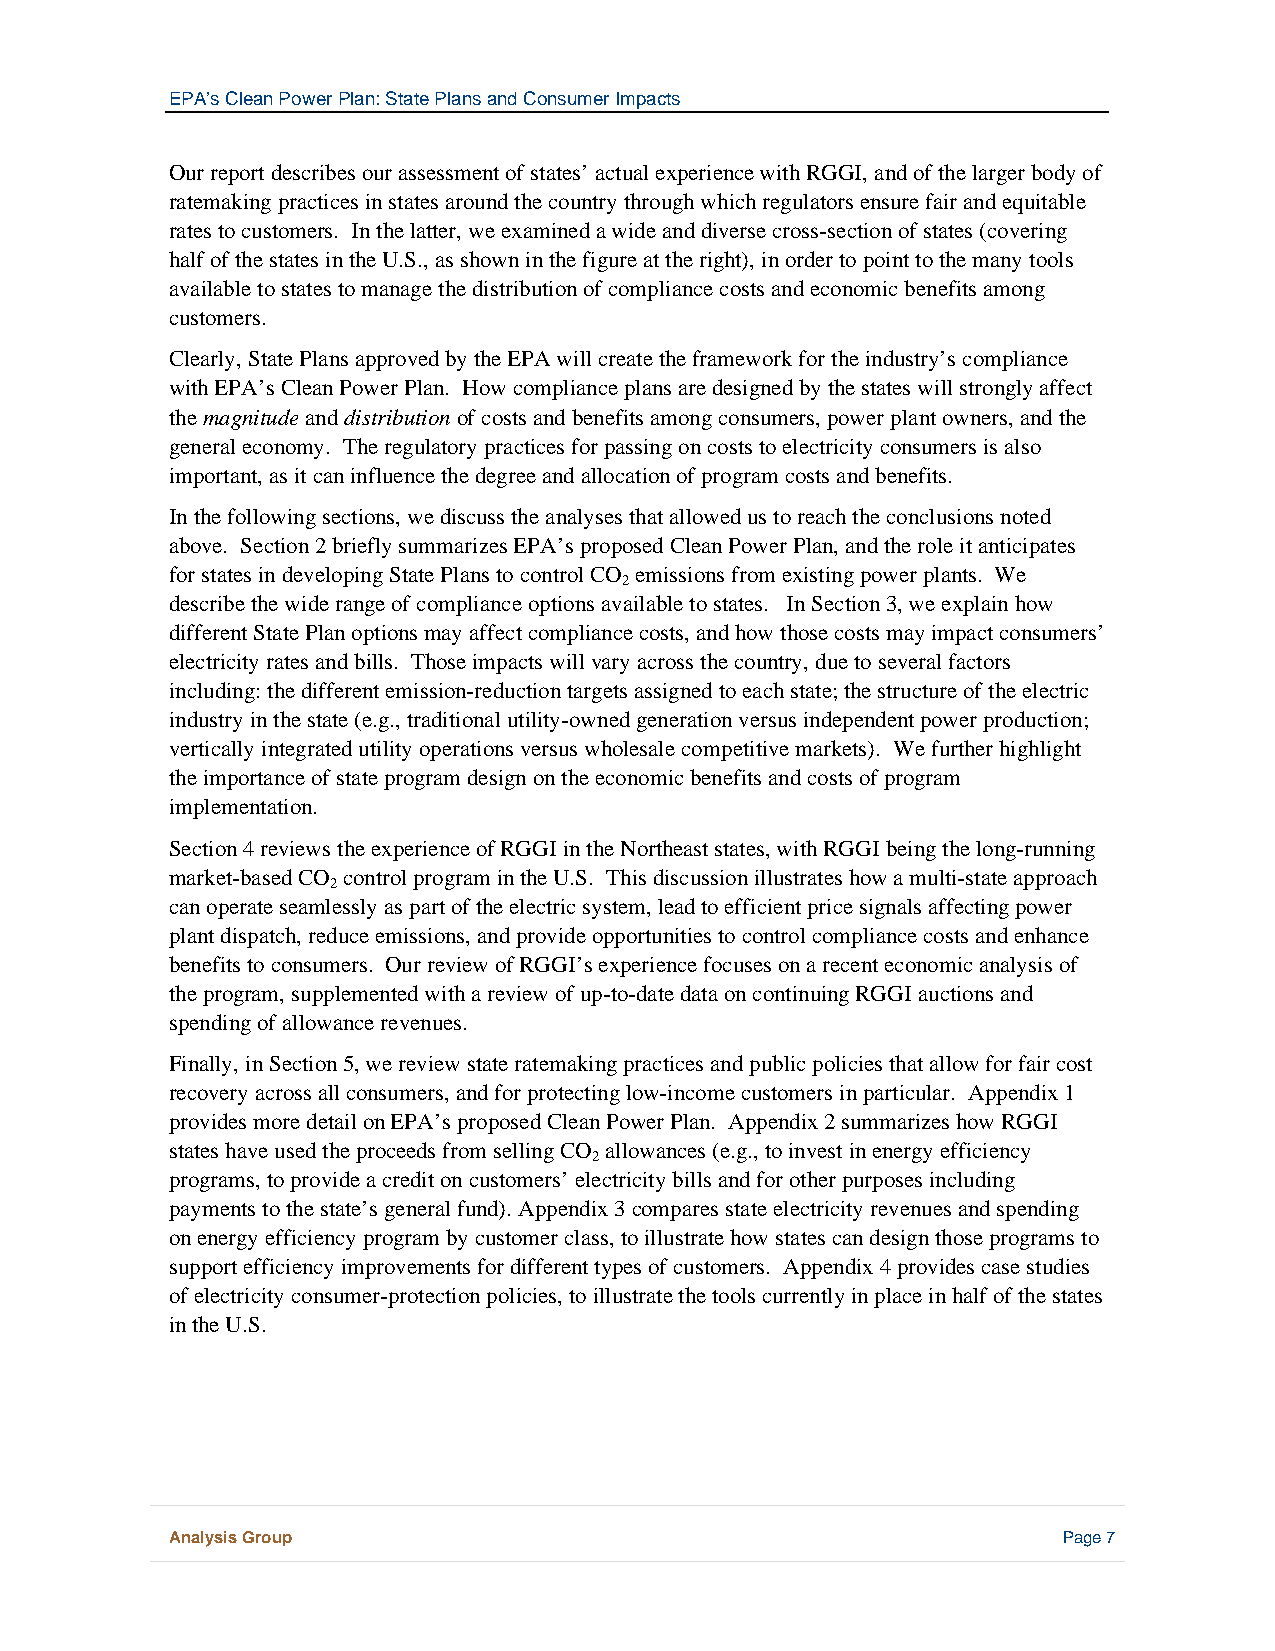
EPA’s Clean Power Plan: State Plans and Consumer Impacts
 Our report describes our assessment of states’ actual experience with RGGI, and of the larger body of
 ratemaking practices in states around the country through which regulators ensure fair and equitable
 rates to customers. In the latter, we examined a wide and diverse cross-section of states (covering
 half of the states in the U.S., as shown in the figure at the right), in order to point to the many tools
 available to states to manage the distribution of compliance costs and economic benefits among
 customers.
 Clearly, State Plans approved by the EPA will create the framework for the industry’s compliance
 with EPA’s Clean Power Plan. How compliance plans are designed by the states will strongly affect
 the magnitude and distribution of costs and benefits among consumers, power plant owners, and the
 general economy. The regulatory practices for passing on costs to electricity consumers is also
 important, as it can influence the degree and allocation of program costs and benefits.
 In the following sections, we discuss the analyses that allowed us to reach the conclusions noted
 above. Section 2 briefly summarizes EPA’s proposed Clean Power Plan, and the role it anticipates
 for states in developing State Plans to control CO emissions from existing power plants. We
 2
 describe the wide range of compliance options available to states. In Section 3, we explain how
 different State Plan options may affect compliance costs, and how those costs may impact consumers’
 electricity rates and bills. Those impacts will vary across the country, due to several factors
 including: the different emission-reduction targets assigned to each state; the structure of the electric
 industry in the state (e.g., traditional utility-owned generation versus independent power production;
 vertically integrated utility operations versus wholesale competitive markets). We further highlight
 the importance of state program design on the economic benefits and costs of program
 implementation.
 Section 4 reviews the experience of RGGI in the Northeast states, with RGGI being the long-running
 market-based CO control program in the U.S. This discussion illustrates how a multi-state approach
 2
 can operate seamlessly as part of the electric system, lead to efficient price signals affecting power
 plant dispatch, reduce emissions, and provide opportunities to control compliance costs and enhance
 benefits to consumers. Our review of RGGI’s experience focuses on a recent economic analysis of
 the program, supplemented with a review of up-to-date data on continuing RGGI auctions and
 spending of allowance revenues.
 Finally, in Section 5, we review state ratemaking practices and public policies that allow for fair cost
 recovery across all consumers, and for protecting low-income customers in particular. Appendix 1
 provides more detail on EPA’s proposed Clean Power Plan. Appendix 2 summarizes how RGGI
 states have used the proceeds from selling CO allowances (e.g., to invest in energy efficiency
 2
 programs, to provide a credit on customers’ electricity bills and for other purposes including
 payments to the state’s general fund). Appendix 3 compares state electricity revenues and spending
 on energy efficiency program by customer class, to illustrate how states can design those programs to
 support efficiency improvements for different types of customers. Appendix 4 provides case studies
 of electricity consumer-protection policies, to illustrate the tools currently in place in half of the states
 in the U.S.
 Analysis Group                                             Page 7